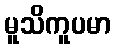
မူသိကူပမာ